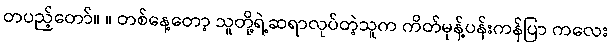
တပည့်တော်။ ။ တစ်နေ့တော့ သူတို့ရဲ့ဆရာလုပ်တဲ့သူက ကိတ်မုန့်ပန်းကန်ပြာ ကလေး